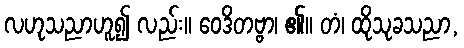
လဟုသညာဟူ၍ လည်း။ ဝေဒိတဗ္ဗာ၊ ၏။ တံ၊ ထိုသုခသညာ,